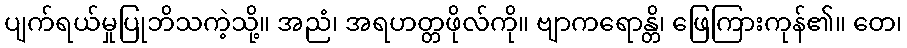
ပျက်ရယ်မှုပြုဘိသကဲ့သို့။ အညံ၊ အရဟတ္တဖိုလ်ကို။ ဗျာကရောန္တိ၊ ဖြေကြားကုန်၏။ တေ၊